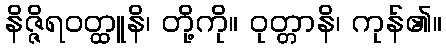
နိဇ္ဇိရဝတ္ထူနိ၊ တို့ကို။ ဝုတ္တာနိ၊ ကုန်၏။